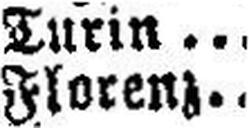
Florenz